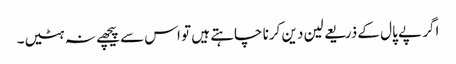
اگر پے پال کے ذریعے لین دین کرنا چاہتے ہیں تو اس سے پیچھے نہ ہٹیں۔